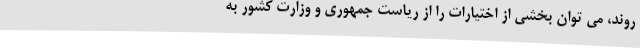
روند، می توان بخشی از اختیارات را از ریاست جمهوری و وزارت کشور به